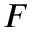
\boldsymbol { F }